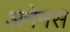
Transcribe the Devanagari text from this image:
अनेनस